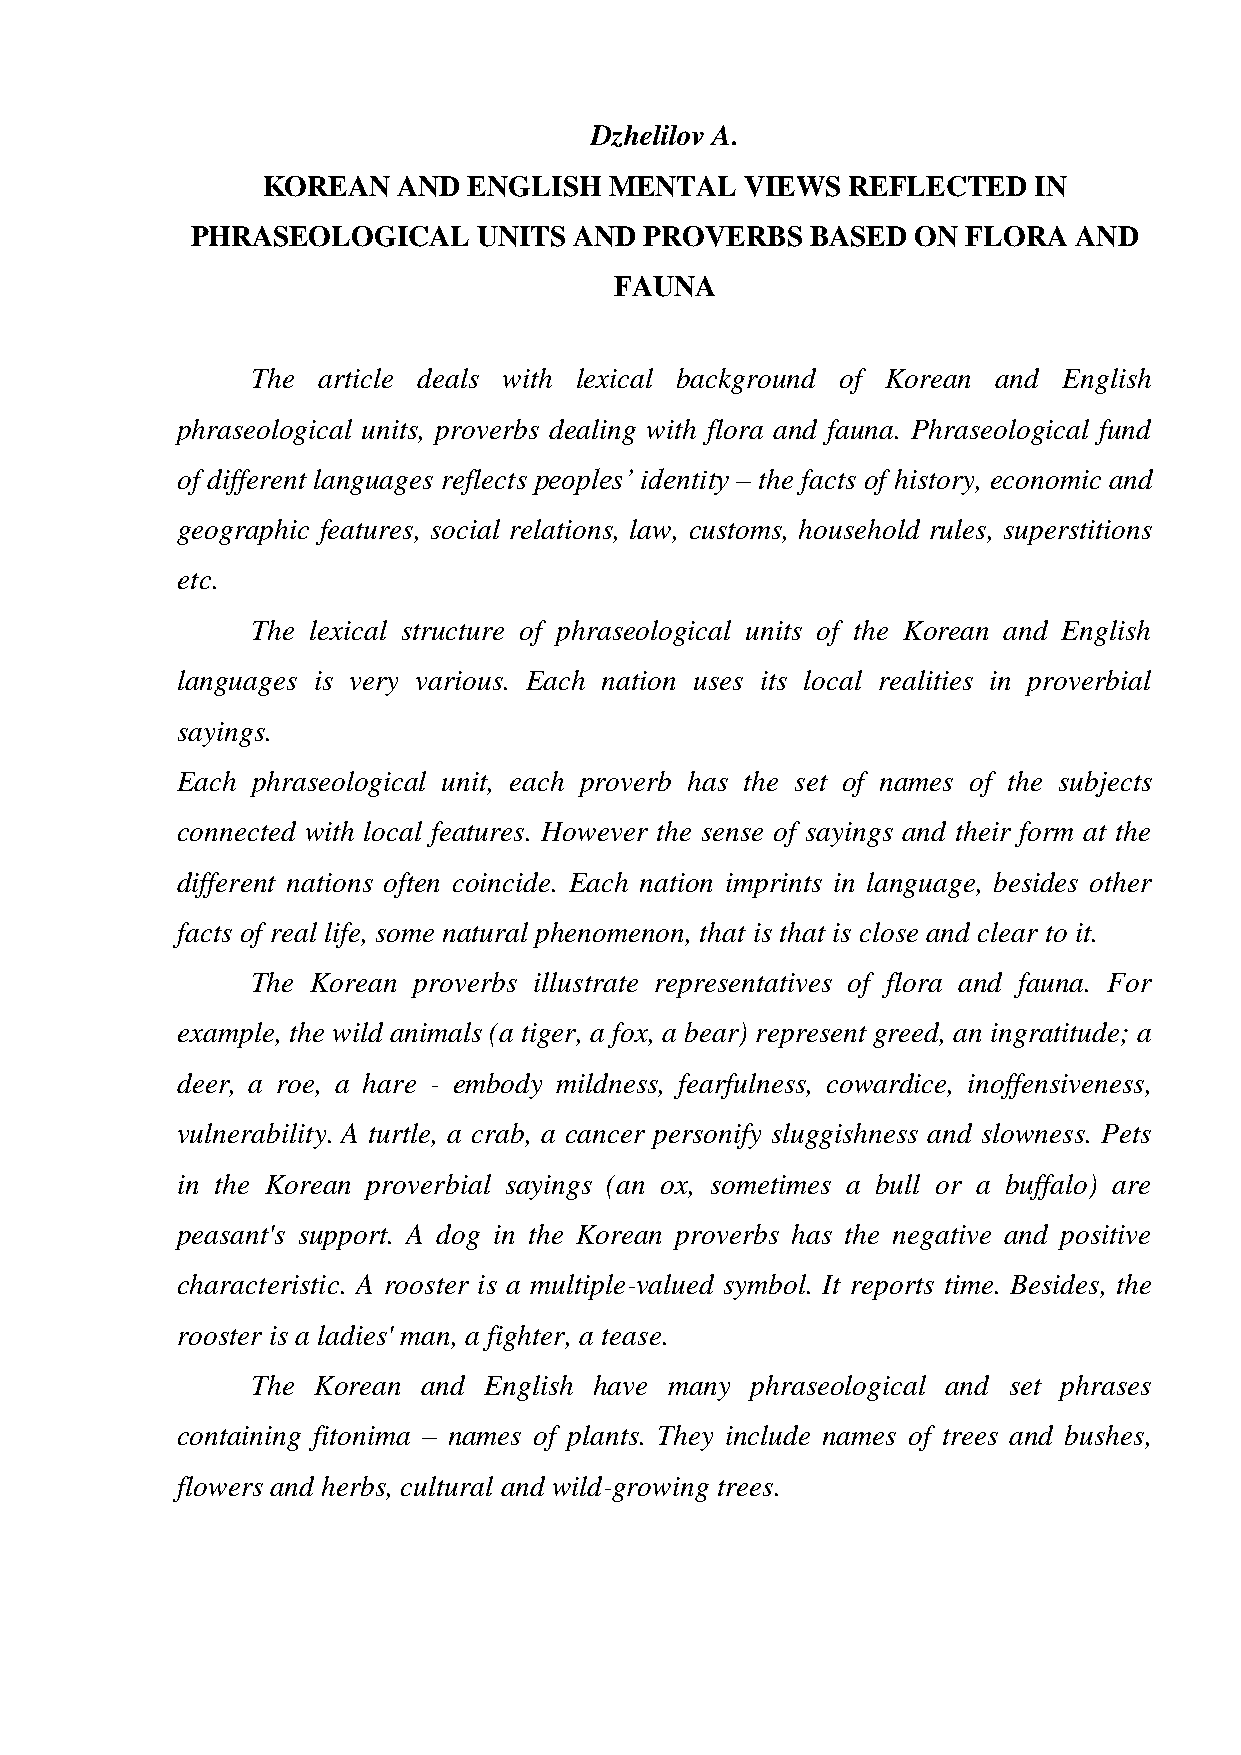
Dzhelilov A.
 KOREAN   AND  ENGLISH  MENTAL   VIEWS  REFLECTED   IN
 PHRASEOLOGICAL     UNITS AND  PROVERBS   BASED  ON FLORA  AND
 FAUNA
 The article deals with lexical background of Korean and English
 phraseological units, proverbs dealing with flora and fauna. Phraseological fund
 of different languages reflects peoples’ identity – the facts of history, economic and
 geographic features, social relations, law, customs, household rules, superstitions
 etc.
 The lexical structure of phraseological units of the Korean and English
 languages is very various. Each nation uses its local realities in proverbial
 sayings.
 Each phraseological unit, each proverb has the set of names of the subjects
 connected with local features. However the sense of sayings and their form at the
 different nations often coincide. Each nation imprints in language, besides other
 facts of real life, some natural phenomenon, that is that is close and clear to it.
 The Korean proverbs illustrate representatives of flora and fauna. For
 example, the wild animals (a tiger, a fox, a bear) represent greed, an ingratitude; a
 deer, a roe, a hare - embody mildness, fearfulness, cowardice, inoffensiveness,
 vulnerability. A turtle, a crab, a cancer personify sluggishness and slowness. Pets
 in the Korean proverbial sayings (an ox, sometimes a bull or a buffalo) are
 peasant's support. A dog in the Korean proverbs has the negative and positive
 characteristic. A rooster is a multiple-valued symbol. It reports time. Besides, the
 rooster is a ladies' man, a fighter, a tease.
 The Korean and English have many phraseological and set phrases
 containing fitonima – names of plants. They include names of trees and bushes,
 flowers and herbs, cultural and wild-growing trees.